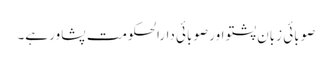
صوبائی زبان پشتو اور صوبائی دارالحکومت پشاور ہے۔